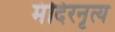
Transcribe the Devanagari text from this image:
मंदिरनृत्य